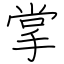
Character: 掌